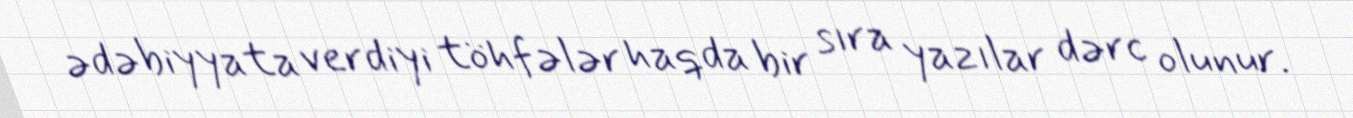
ədəbiyyata verdiyi töhfələr haqda bir sıra yazılar dərc olunur.